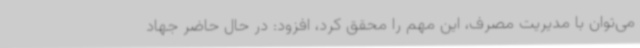
می‌توان با مدیریت مصرف، این مهم را محقق کرد، افزود: در حال حاضر جهاد